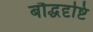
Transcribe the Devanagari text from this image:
बौद्धदृष्टि